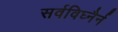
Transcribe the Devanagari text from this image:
सर्वविघ्नैर्न